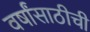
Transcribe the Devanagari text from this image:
वर्षांसाठीची